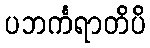
ပဘင်္ကရာတိပိ